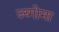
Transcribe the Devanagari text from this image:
ज्य्गोमा